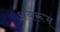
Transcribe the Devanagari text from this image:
अयरूम